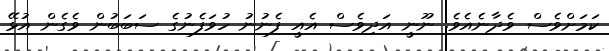
ކަމަށްވެސް ވެދާނެއެވެ. ނޫނީ އަދިވެސް އެއީ ފެނުނު ހުވަފެނުގެ ސަބަބުން ވެގެން އުޅޭ